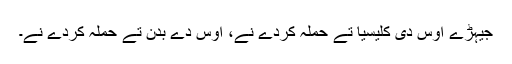
جیہڑے اُوس دی کلیسیا تے حملہ کردے نے، اُوس دے بدن تے حملہ کردے نے۔